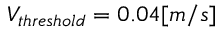
V _ { t h r e s h o l d } = 0 . 0 4 [ m / s ]